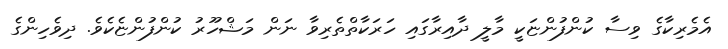
އެމެރިކާގެ ވިސާ ކުންފުންޏަކީ މާލީ ދާއިރާގައި ހަރަކާތްތެރިވާ ނަން މަޝްހޫރު ކުންފުންޏެކެވެ. ދިވެހިންގެ